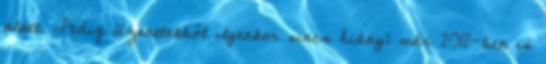
alatt. „Pedig üzenetekből ilyenkor sincs hiány: már 2012-ben is